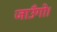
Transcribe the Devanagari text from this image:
जाउँगो।